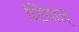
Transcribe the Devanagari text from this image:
घ्टियाल्